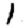
Digit: 1